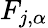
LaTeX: F_{j,\alpha}